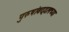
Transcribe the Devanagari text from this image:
पुरुषांबद्दलच्या